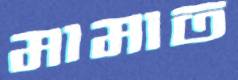
মামাত